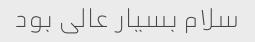
سلام بسیار عالی بود